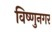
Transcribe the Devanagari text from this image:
विष्णुनगर